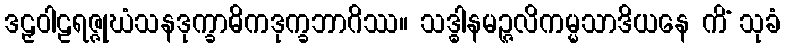
ဒဠှဝါဠရဇ္ဇုဃံသနဒုက္ခာဓိကဒုက္ခဘာဂိဿ။ သဒ္ဓါနမဉ္ဇလိကမ္မသာဒိယနေ ကိံ သုခံ